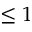
\leq 1